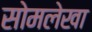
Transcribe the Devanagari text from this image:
सोमलेखा